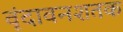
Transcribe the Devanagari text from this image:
वृंदावनशतक